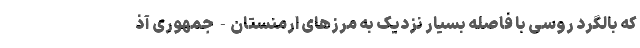
که بالگرد روسی با فاصله بسیار نزدیک به مرزهای ارمنستان- جمهوری آذ